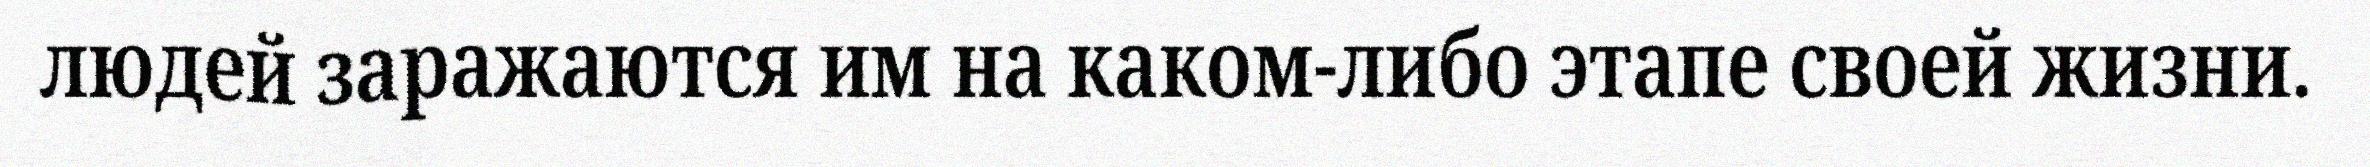
людей заражаются им на каком-либо этапе своей жизни.